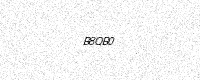
Text: B8QB0